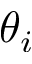
\theta _ { i }